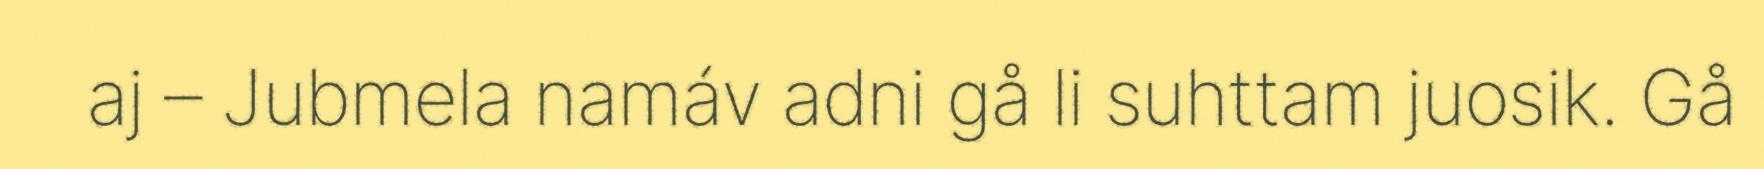
aj – Jubmela namáv adni gå li suhttam juosik. Gå